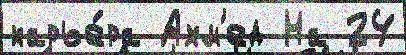
карье́ра Ахм'ед На 24